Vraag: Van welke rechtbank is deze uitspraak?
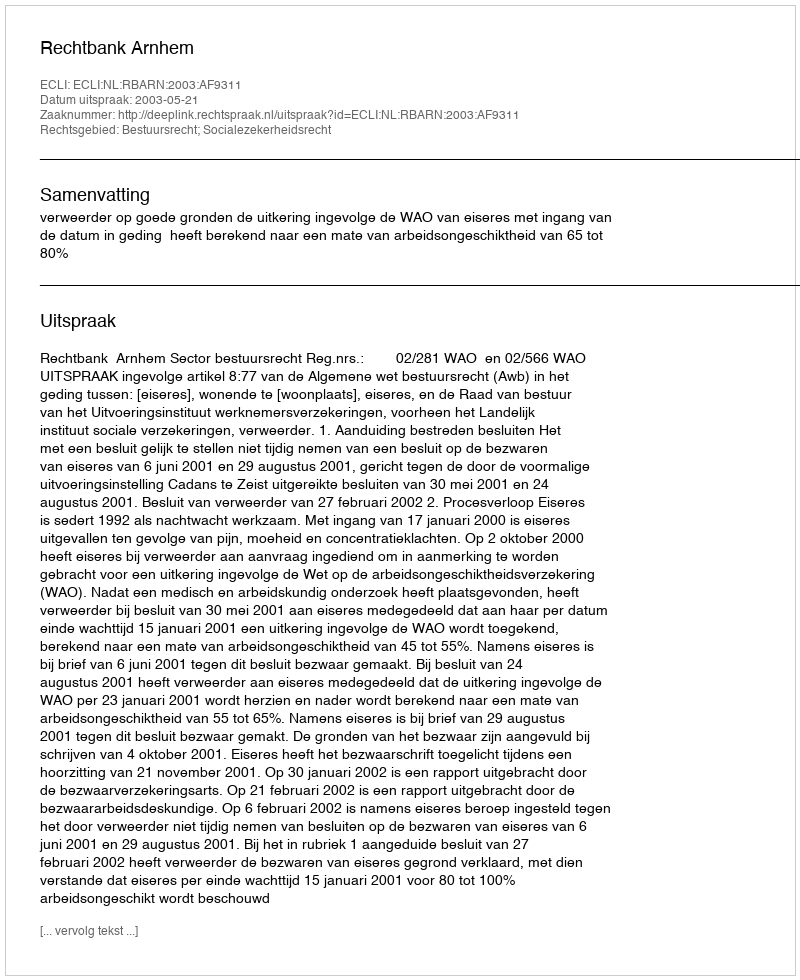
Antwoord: Rechtbank Arnhem